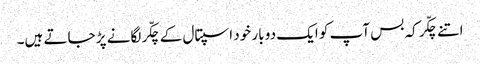
اتنے چکّر کہ بس آپ کو ایک دو بار خود اسپتال کے چکّر لگانے پڑ جاتے ہیں۔